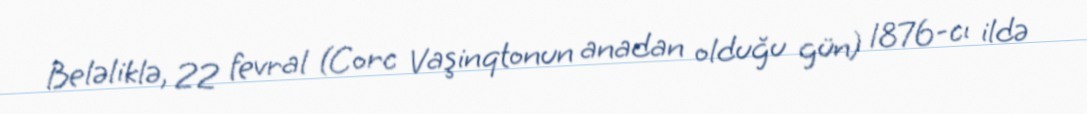
Beləliklə, 22 fevral (Corc Vaşinqtonun anadan olduğu gün) 1876-cı ildə